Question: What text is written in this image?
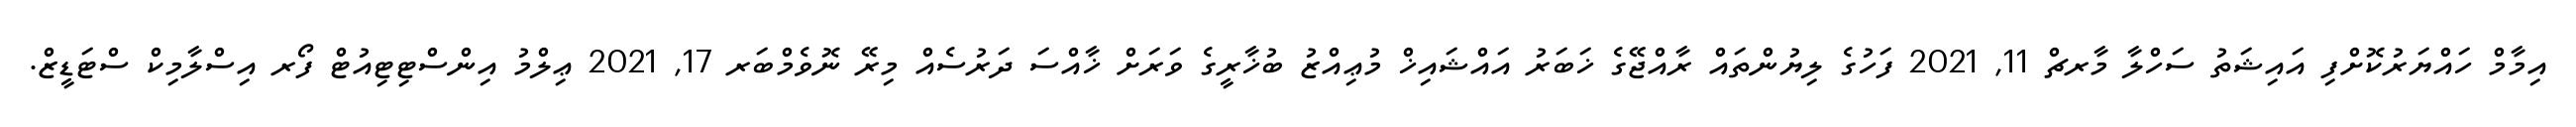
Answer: އިމާމް ހައްޔަރުކޮށްފި އައިޝަތު ސަހްލާ މާރޗް 11, 2021 ފަހުގެ ލިޔުންތައް ރާއްޖޭގެ ޚަބަރު އައްޝައިޚް މުޢިއްޒު ބުޚާރީގެ ވަރަށް ޚާއްސަ ދަރުސެއް މިރޭ ނޮވެމްބަރ 17, 2021 ޢިލްމު އިންސްޓިޓިއުޓް ފޯރ އިސްލާމިކް ސްޓަޑީޒް.